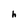
Character: h